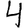
Digit: 4